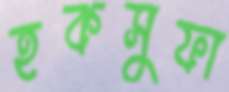
হকসুফা